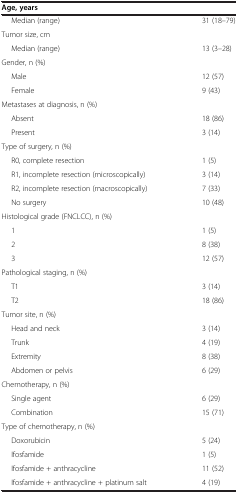
<table><thead><tr><td><b>Age, years</b></td><td><b> </b></td></tr></thead><tbody><tr><td>Median (range)</td><td>31 (18–79)</td></tr><tr><td>Tumor size, cm</td><td> </td></tr><tr><td>Median (range)</td><td>13 (3–28)</td></tr><tr><td>Gender, n (%)</td><td> </td></tr><tr><td>Male</td><td>12 (57)</td></tr><tr><td>Female</td><td>9 (43)</td></tr><tr><td>Metastases at diagnosis, n (%)</td><td> </td></tr><tr><td>Absent</td><td>18 (86)</td></tr><tr><td>Present</td><td>3 (14)</td></tr><tr><td>Type of surgery, n (%)</td><td> </td></tr><tr><td>R0, complete resection</td><td>1 (5)</td></tr><tr><td>R1, incomplete resection (microscopically)</td><td>3 (14)</td></tr><tr><td>R2, incomplete resection (macroscopically)</td><td>7 (33)</td></tr><tr><td>No surgery</td><td>10 (48)</td></tr><tr><td>Histological grade (FNCLCC), n (%)</td><td> </td></tr><tr><td>1</td><td>1 (5)</td></tr><tr><td>2</td><td>8 (38)</td></tr><tr><td>3</td><td>12 (57)</td></tr><tr><td>Pathological staging, n (%)</td><td> </td></tr><tr><td>T1</td><td>3 (14)</td></tr><tr><td>T2</td><td>18 (86)</td></tr><tr><td>Tumor site, n (%)</td><td> </td></tr><tr><td>Head and neck</td><td>3 (14)</td></tr><tr><td>Trunk</td><td>4 (19)</td></tr><tr><td>Extremity</td><td>8 (38)</td></tr><tr><td>Abdomen or pelvis</td><td>6 (29)</td></tr><tr><td>Chemotherapy, n (%)</td><td> </td></tr><tr><td>Single agent</td><td>6 (29)</td></tr><tr><td>Combination</td><td>15 (71)</td></tr><tr><td>Type of chemotherapy, n (%)</td><td> </td></tr><tr><td>Doxorubicin</td><td>5 (24)</td></tr><tr><td>Ifosfamide</td><td>1 (5)</td></tr><tr><td>Ifosfamide + anthracycline</td><td>11 (52)</td></tr><tr><td>Ifosfamide + anthracycline + platinum salt</td><td>4 (19)</td></tr></tbody></table>